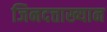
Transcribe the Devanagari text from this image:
जिनदत्ताख्यान